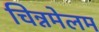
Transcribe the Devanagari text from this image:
चिन्नमेलम